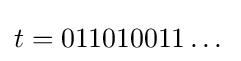
t=011010011\dots